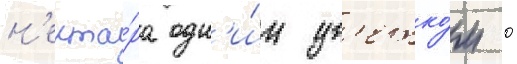
н'екта́ра одн'и́м цв'етко́м 0